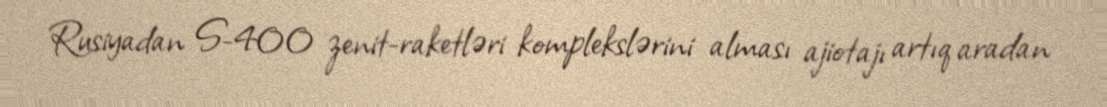
Rusiyadan S-400 zenit-raketləri komplekslərini alması ajiotajı artıq aradan